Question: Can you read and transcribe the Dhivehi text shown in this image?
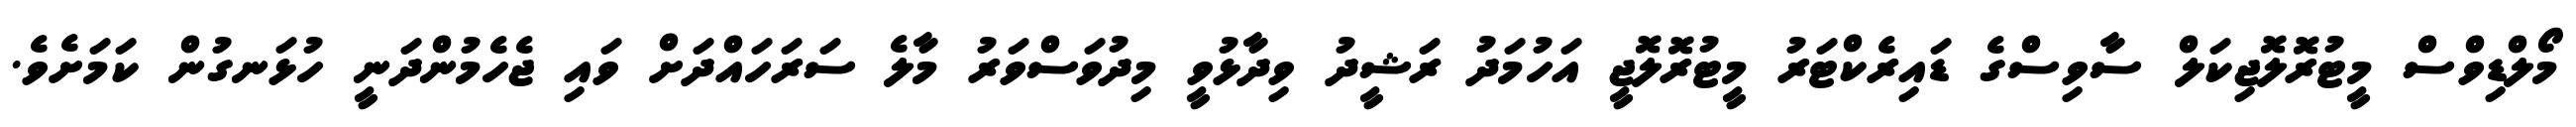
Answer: މޯލްޑިވްސް މީޓުރޮލޮޖިކަލް ސާވިސްގެ ޑައިރެކްޓަރު މީޓުރޮލޮޖީ އަހުމަދު ރަޝީދު ވިދާޅުވީ މިދުވަސްވަރު މާލެ ސަރަހައްދަށް ވައި ޖެހެމުންދަނީ ހުޅަނގުން ކަމަށެވެ.